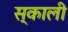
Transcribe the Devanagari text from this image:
स्काली